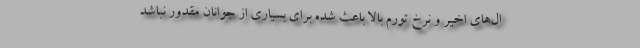
ال‌هاي اخير و نرخ تورم بالا باعث شده براي بسياري از جوانان مقدور نباشد